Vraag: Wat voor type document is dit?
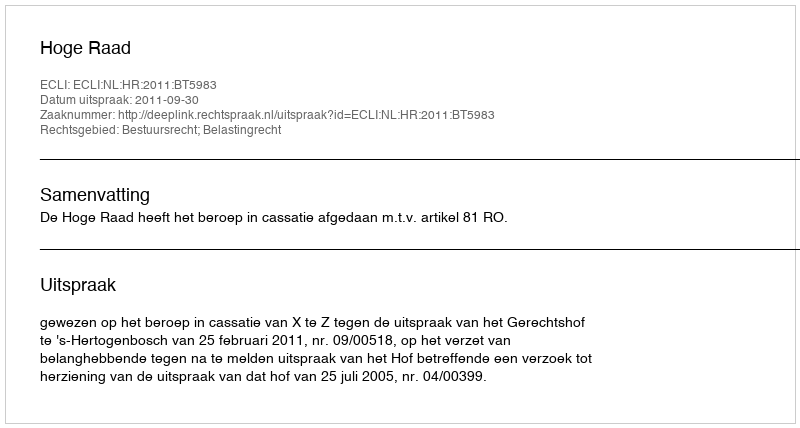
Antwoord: Uitspraak